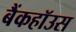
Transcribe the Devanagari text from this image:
बैंकहॉउस